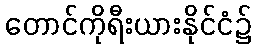
တောင်ကိုရီးယားနိုင်ငံ၌